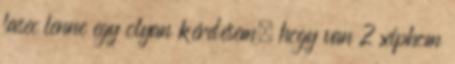
lasec lenne egy olyan kérdésem, hogy van 2 xiphom